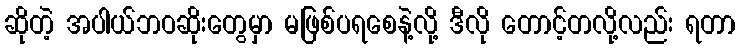
ဆိုတဲ့ အပါယ်ဘဝဆိုးတွေမှာ မဖြစ်ပရစေနဲ့လို့ ဒီလို တောင့်တလို့လည်း ရတာ